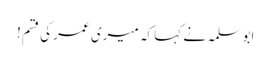
ابو سلمہ نے کہا کہ میری عمر کی قسم!